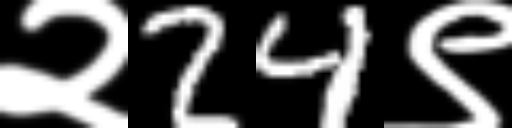
Text: २24९